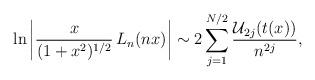
LaTeX: \begin{align*}\ln \left\vert {\frac{x}{(1+x^2)^{1/2}}} \, L_n(nx) \right\vert \sim2\sum_{j=1}^{N/2} {\frac{{\cal U}_{2j}(t(x)) }{n^{2j} }},\end{align*}